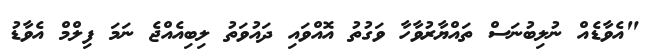
"އެވާޑެއް ނުލިބުނަސް ތައްޔާރުވާހާ ވަގުތު އޮއްވައި ދައުވަތު ލިބިއެއްޖެ ނަމަ ފިލްމް އެވާޑު